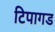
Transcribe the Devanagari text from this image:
टिपागड